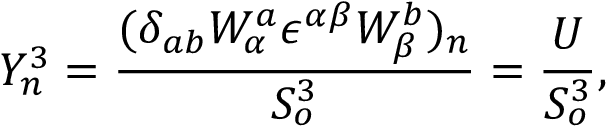
Y _ { n } ^ { 3 } = \frac { ( \delta _ { a b } W _ { \alpha } ^ { a } { \epsilon } ^ { \alpha \beta } W _ { \beta } ^ { b } ) _ { n } } { S _ { o } ^ { 3 } } = \frac { U } { S _ { o } ^ { 3 } } ,